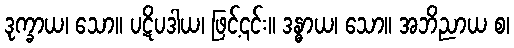
ဒုက္ခာယ၊ သော။ ပဋိပဒါယ၊ ဖြင့်၎င်း။ ဒန္ဓာယ၊ သော။ အဘိညာယ စ၊